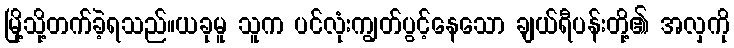
မြို့သို့တက်ခဲ့ရသည်။ယခုမူ သူက ပင်လုံးကျွတ်ပွင့်နေသော ချယ်ရီပန်းတို့၏ အလှကို